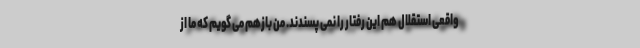
واقعی استقلال هم این رفتار را نمی پسندند. من بازهم می گویم که ما از